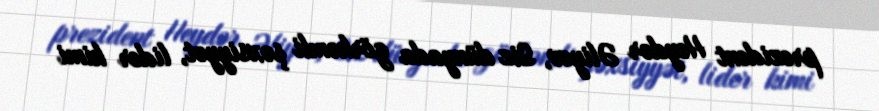
prezident Heydər Əliyev, Siz dünyada görkəmli şəxsiyyət, lider kimi